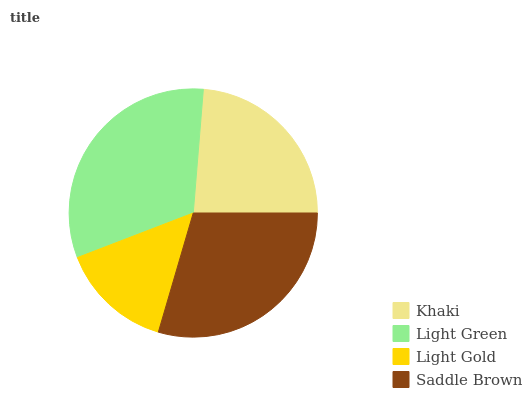
| Khaki | Light Green | Light Gold | Saddle Brown |
 | --- | --- | --- | --- |
 | 23.7% | 32.1% | 14.6% | 29.6% |